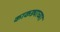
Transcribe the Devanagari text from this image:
काकड्याच्या